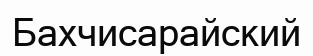
Бахчисарайский